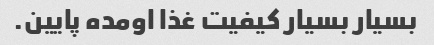
بسیار بسیار کیفیت غذا اومده پایین.